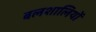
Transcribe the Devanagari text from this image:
बलशालियों